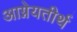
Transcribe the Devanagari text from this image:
आग्नेयतीर्थ